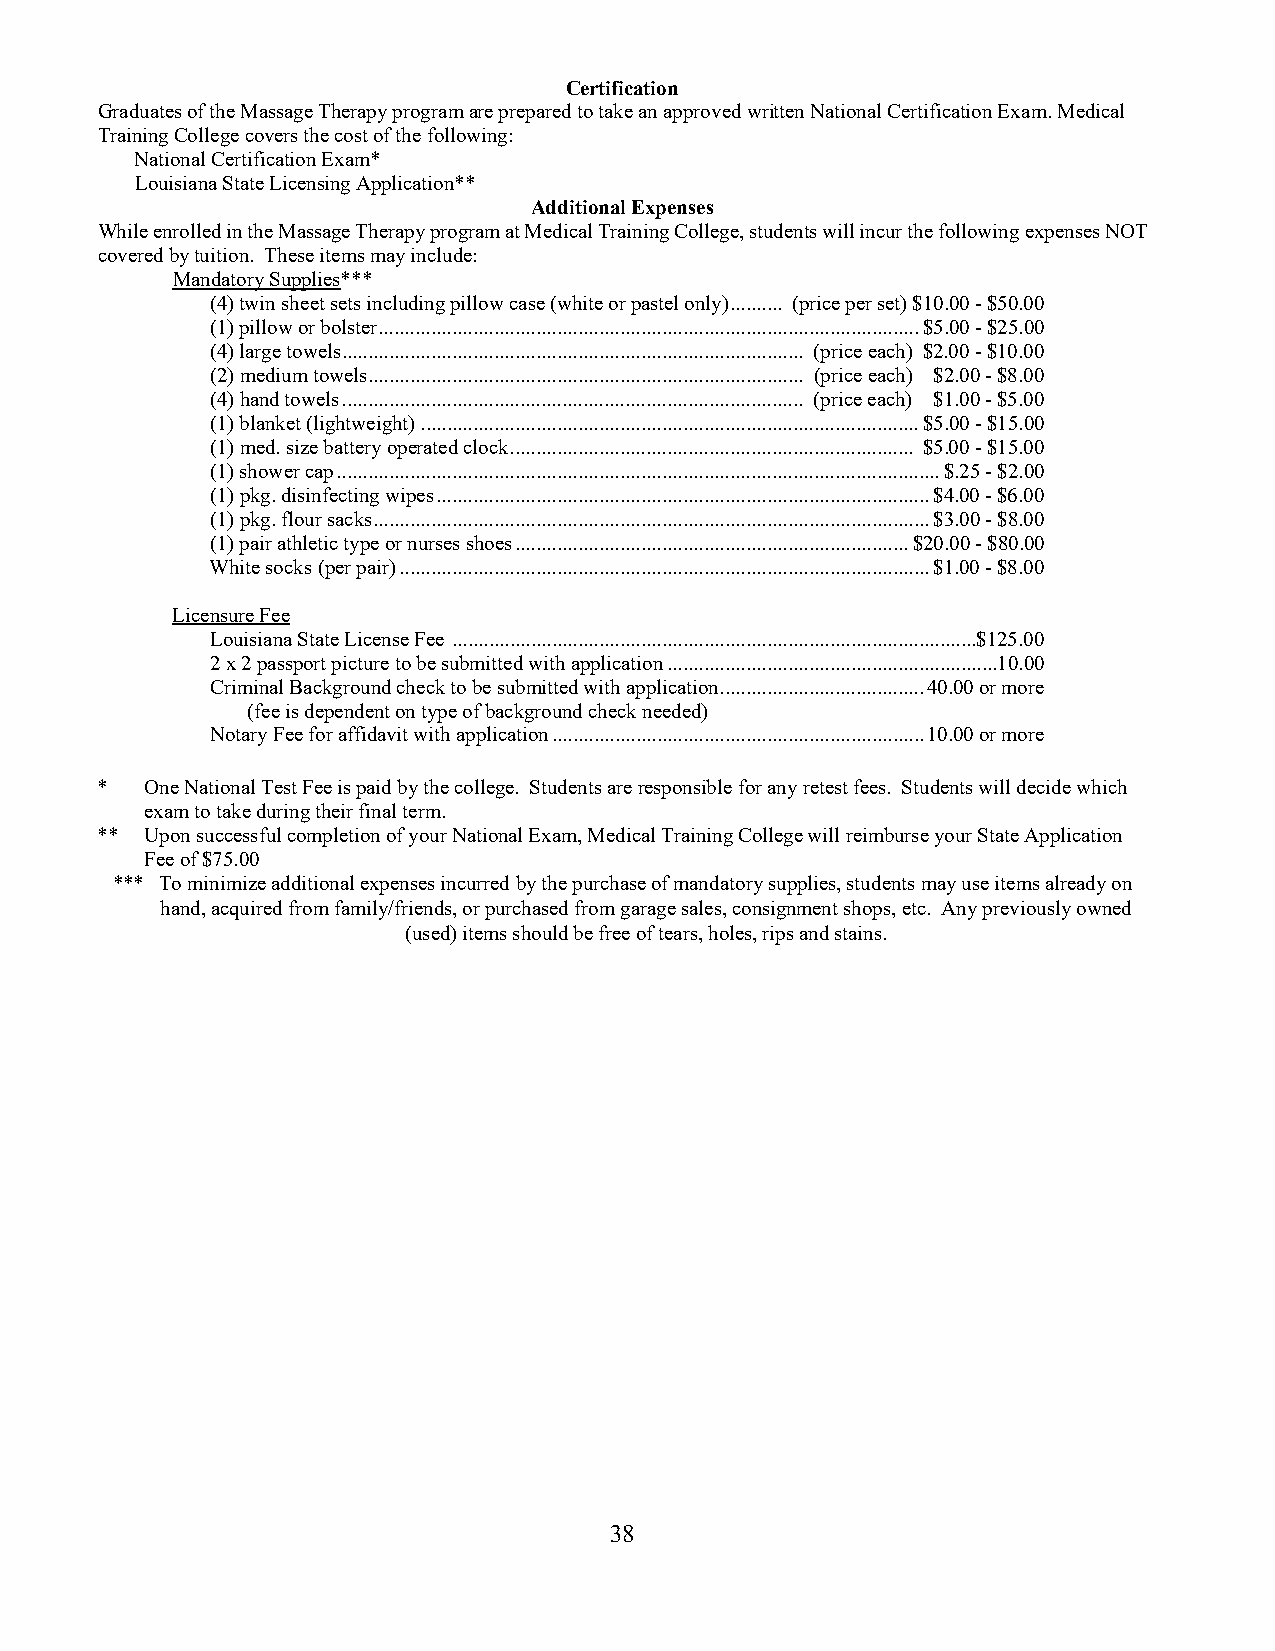
Certification
 Graduates of the Massage Therapy program are prepared to take an approved written National Certification Exam. Medical
 Training College covers the cost of the following:
 National Certification Exam*
 Louisiana State Licensing Application**
 Additional Expenses
 While enrolled in the Massage Therapy program at Medical Training College, students will incur the following expenses NOT
 covered by tuition. These items may include:
 Mandatory Supplies***
 (4) twin sheet sets including pillow case (white or pastel only) .......... (price per set) $10.00 - $50.00
 (1) pillow or bolster ....................................................................................................... $5.00 - $25.00
 (4) large towels ........................................................................................ (price each) $2.00 - $10.00
 (2) medium towels ................................................................................... (price each) $2.00 - $8.00
 (4) hand towels ........................................................................................ (price each) $1.00 - $5.00
 (1) blanket (lightweight) ............................................................................................... $5.00 - $15.00
 (1) med. size battery operated clock ............................................................................. $5.00 - $15.00
 (1) shower cap ................................................................................................................... $.25 - $2.00
 (1) pkg. disinfecting wipes .............................................................................................. $4.00 - $6.00
 (1) pkg. flour sacks .......................................................................................................... $3.00 - $8.00
 (1) pair athletic type or nurses shoes ........................................................................... $20.00 - $80.00
 White socks (per pair) ..................................................................................................... $1.00 - $8.00
 Licensure Fee
 Louisiana State License Fee .................................................................................................... $125.00
 2 x 2 passport picture to be submitted with application ...............................................................10.00
 Criminal Background check to be submitted with application ....................................... 40.00 or more
 (fee is dependent on type of background check needed)
 Notary Fee for affidavit with application ....................................................................... 10.00 or more
 *   One National Test Fee is paid by the college. Students are responsible for any retest fees. Students will decide which
 exam to take during their final term.
 **  Upon successful completion of your National Exam, Medical Training College will reimburse your State Application
 Fee of $75.00
 *** To minimize additional expenses incurred by the purchase of mandatory supplies, students may use items already on
 hand, acquired from family/friends, or purchased from garage sales, consignment shops, etc. Any previously owned
 (used) items should be free of tears, holes, rips and stains.
 38